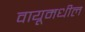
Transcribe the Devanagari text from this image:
वायूमधील